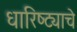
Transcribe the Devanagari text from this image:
धारिष्ट्याचे